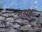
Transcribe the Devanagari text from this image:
महर्षि।